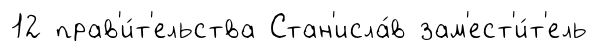
12 прав'и́т'ельства Стан'исла́в зам'ест'и́т'ель